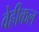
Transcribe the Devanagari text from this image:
वेहीकल